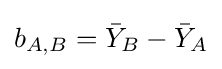
b_{A,B}={\bar {Y}}_{B}-{\bar {Y}}_{A}